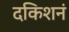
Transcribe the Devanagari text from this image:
दकिशनं